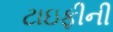
ટાઇફીની